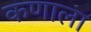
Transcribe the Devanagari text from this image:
कणाला